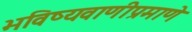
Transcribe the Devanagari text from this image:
भविष्यवाणीप्रमाणे